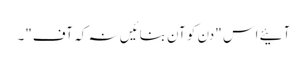
آئیے اس "دن کو آن بنائیں نہ کہ آف"۔